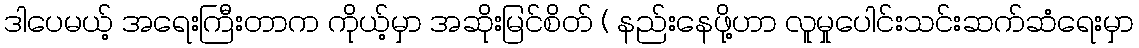
ဒါပေမယ့် အရေးကြီးတာက ကိုယ့်မှာ အဆိုးမြင်စိတ် ( နည်းနေဖို့ဟာ လူမှုပေါင်းသင်းဆက်ဆံရေးမှာ